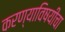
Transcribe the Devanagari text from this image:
करण्याविषयीचा